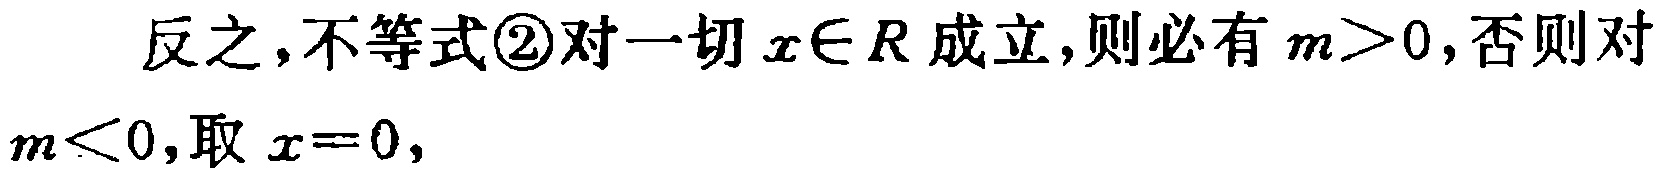
反之，不等式\textcircled{2}对一切\(x\in R\)成立，则必有\(m > 0\)，否则对\(m < 0\)，取\(x = 0\)，